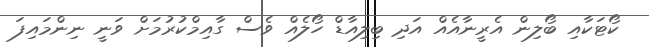
ކޯޓަކާއި ބޯލިން އެރީނާއެއް އަދި ބިލިއާޑް ހޯލެއް ވެސް ގާއިމްކުރުމަށް ވަނީ ނިންމައިފަ